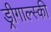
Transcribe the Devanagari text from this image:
ड्रीगाल्स्की